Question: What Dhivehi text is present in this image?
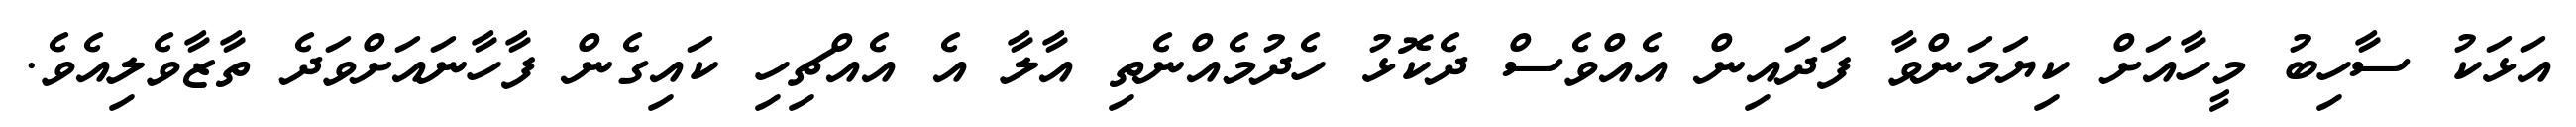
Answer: އަޅަކު ސާހިބު މީހާއަށް ކިޔަމަންވާ ފަދައިން އެއްވެސް ދެކޮޅު ހެދުމެއްނެތި އާލާ އެ އެއްޗިހި ކައިގެން ފާހާނައަށްވަދެ ތާޒާވެލިއެވެ.